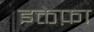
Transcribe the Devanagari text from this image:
इक्तेफ़ा